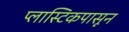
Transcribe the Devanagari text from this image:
प्लास्टिकपासून